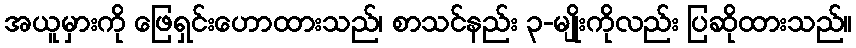
အယူမှားကို ဖြေရှင်းဟောထားသည်၊ စာသင်နည်း ၃-မျိုးကိုလည်း ပြဆိုထားသည်။